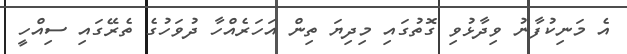
އެ މަނިކުފާނު ވިދާޅުވި ގޮތުގައި މިދިޔަ ތިން އަހަރެއްހާ ދުވަހުގެ ތެރޭގައި ސިއްހީ